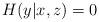
LaTeX: \begin{align*} H(y|x,z) &= 0 \end{align*}